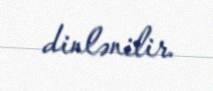
dinlənilir.